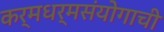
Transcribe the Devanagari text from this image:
कर्मधर्मसंयोगाची